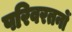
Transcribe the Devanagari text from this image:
परिवरतनों